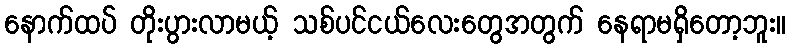
နောက်ထပ် တိုးပွားလာမယ့် သစ်ပင်ငယ်လေးတွေအတွက် နေရာမရှိတော့ဘူး။